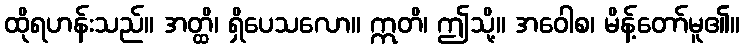
ထိုရဟန်းသည်။ အတ္ထိ၊ ရှိပေသလော။ ဣတိ၊ ဤသို့။ အဝေါစ၊ မိန့်တော်မူ၏။